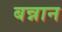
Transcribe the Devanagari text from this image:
बन्नान